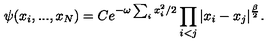
\psi ( x _ { i } , . . . , x _ { N } ) = C e ^ { - \omega \sum _ { i } x _ { i } ^ { 2 } / 2 } \prod _ { i < j } | x _ { i } - x _ { j } | ^ { \frac { \beta } { 2 } } .